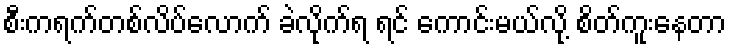
စီးကရက်တစ်လိပ်လောက် ခဲလိုက်ရ ရင် ကောင်းမယ်လို့ စိတ်ကူးနေတာ